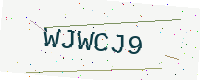
Text: WJWCJ9